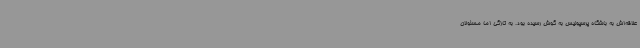
علاقه‌اش به باشگاه پرسپولیس به گوش رسیده بود. به تازگی اما مسئولان